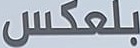
بلعكس